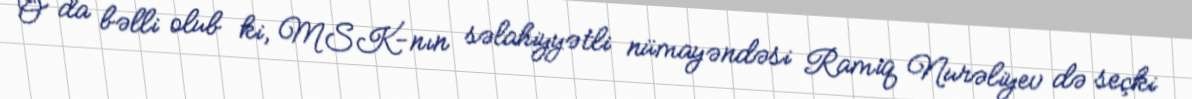
O da bəlli olub ki, MSK-nın səlahiyyətli nümayəndəsi Ramiq Nurəliyev də seçki